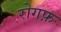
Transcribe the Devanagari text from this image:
रोगफ़